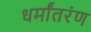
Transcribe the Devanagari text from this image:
धर्मांतरंण